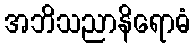
အဘိသညာနိရောဓံ